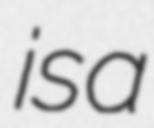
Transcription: is a